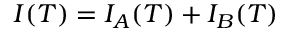
I ( T ) = I _ { A } ( T ) + I _ { B } ( T )